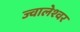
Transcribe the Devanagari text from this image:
ज्‍वालेश्‍वर